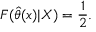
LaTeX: F ( { \widehat { \theta } } ( x ) | X ) = { \frac { 1 } { 2 } } .